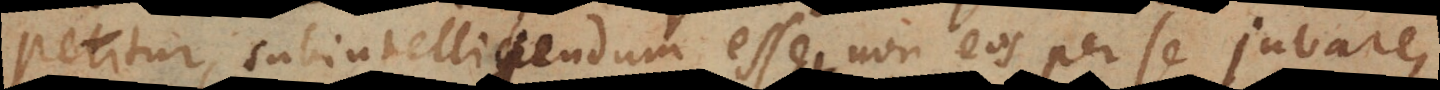
petitur, subintelligendum esse non eos per se juvare,